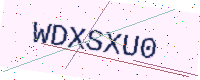
Text: WDXSXU0